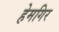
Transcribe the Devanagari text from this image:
हेमगिर